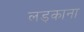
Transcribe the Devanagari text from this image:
लड़काना